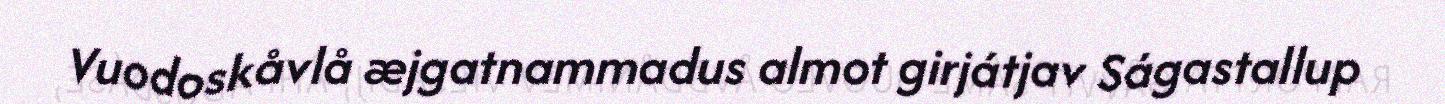
Vuodoskåvlå æjgatnammadus almot girjátjav Ságastallup